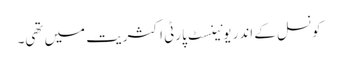
کونسل کے اندر یونینسٹ پارٹی اکثریت میں تھی۔